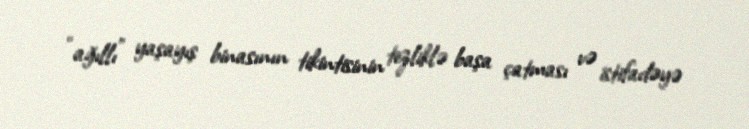
“ağıllı” yaşayış binasının tikintisinin tezliklə başa çatması və istifadəyə